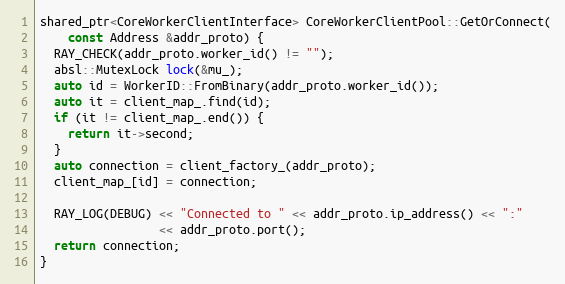
Language: C++
shared_ptr<CoreWorkerClientInterface> CoreWorkerClientPool::GetOrConnect(
    const Address &addr_proto) {
  RAY_CHECK(addr_proto.worker_id() != "");
  absl::MutexLock lock(&mu_);
  auto id = WorkerID::FromBinary(addr_proto.worker_id());
  auto it = client_map_.find(id);
  if (it != client_map_.end()) {
    return it->second;
  }
  auto connection = client_factory_(addr_proto);
  client_map_[id] = connection;

  RAY_LOG(DEBUG) << "Connected to " << addr_proto.ip_address() << ":"
                 << addr_proto.port();
  return connection;
}